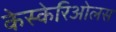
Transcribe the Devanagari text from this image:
केस्केरिओलस